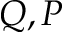
Q , P